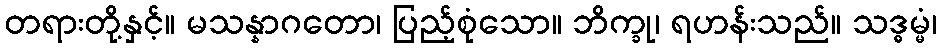
တရားတို့နှင့်။ မသန္နာဂတော၊ ပြည့်စုံသော။ ဘိက္ခု၊ ရဟန်းသည်။ သဒ္ဓမ္မံ၊